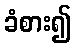
ခံစား၍